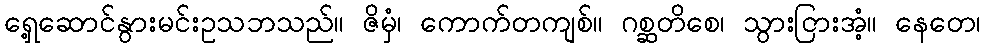
ရှေ့ဆောင်နွားမင်းဥသဘသည်။ ဇိမှံ၊ ကောက်တကျစ်။ ဂစ္ဆတိစေ၊ သွားငြားအံ့။ နေတေ၊